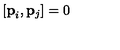
[ { \bf { p } } _ { i } , { \bf { p } } _ { j } ] = 0